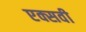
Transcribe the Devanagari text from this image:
एक्सवी